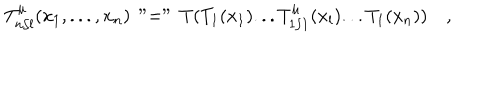
LaTeX: T _ { n / l } ^ { \mu } ( x _ { 1 } , . . . , x _ { n } ) \, " = " \, T ( T _ { 1 } ( x _ { 1 } ) . . . T _ { 1 / 1 } ^ { \mu } ( x _ { l } ) . . . T _ { 1 } ( x _ { n } ) ) \quad ,